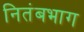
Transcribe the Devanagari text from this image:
नितंबभाग